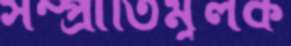
সম্প্রীতিমূলক